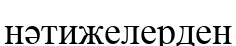
нәтижелерден